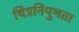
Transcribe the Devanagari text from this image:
चित्रनिपुणता